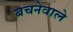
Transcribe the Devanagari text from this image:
बचनेवाले